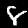
Digit: 8